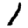
Digit: 1